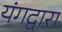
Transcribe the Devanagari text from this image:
यंगद्वारा